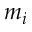
m _ { i }